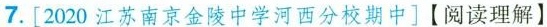
7.[2020江苏南京金陵中学河西分校期中]【阅读理解】